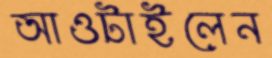
আওটাইলেন